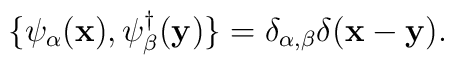
\{\psi_\alpha({\bf x}), \psi^\dagger_\beta({\bf y})\} =\delta_{\alpha,\beta}\delta({\bf x - y}).